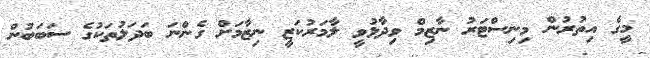
މީގެ އިތުރުން މިނިސްޓަރު ނާޒިމް ވިދާޅުވީ ލާމަރުކަޒީ ނިޒާމަށް ގެންނަ ބަދަލުތަކުގެ ސަބަބުން